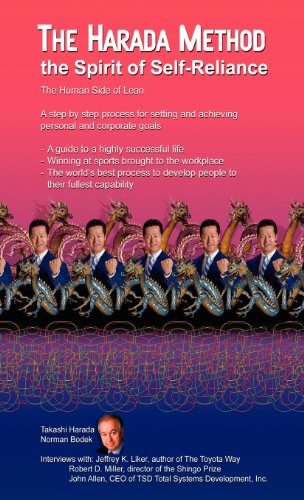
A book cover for The Harada Method the Spirit of Self-Reliance; Takashi Harada; Business & Money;